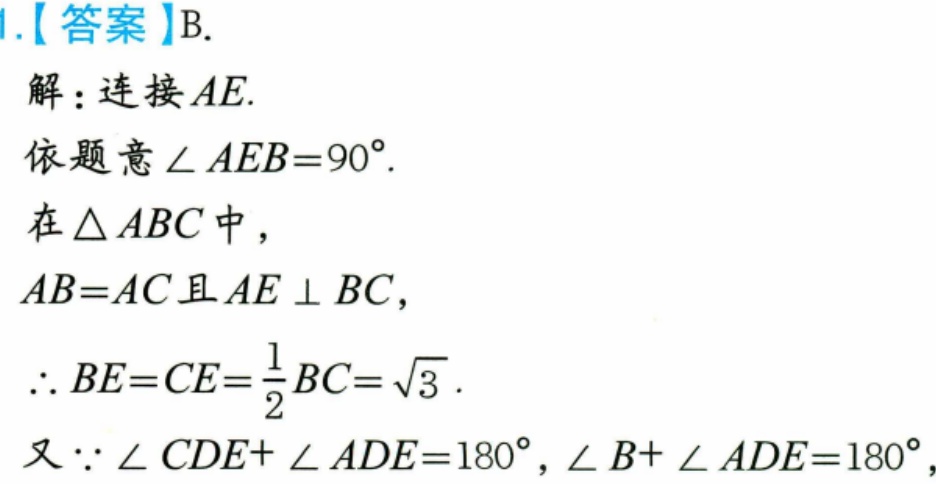
1.【答案】B.
解：连接$AE$.
依题意$\angle AEB = 90^{\circ}$.
在$\triangle ABC$中，
$AB = AC$且$AE\perp BC$，
$\therefore BE = CE=\frac{1}{2}BC=\sqrt{3}$.
又$\because\angle CDE+\angle ADE = 180^{\circ}$，$\angle B+\angle ADE = 180^{\circ}$，